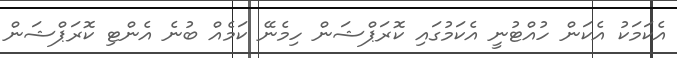
އެކަމަކު އެކަން ހުއްޓުނީ އެކަމުގައި ކޮރަޕްޝަން ހިމެނޭ ކަމެއް ބުނެ އެންޓި ކޮރަޕްޝަން